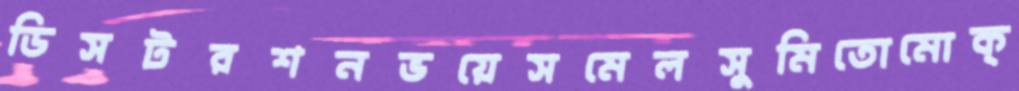
ডিসটরশনভয়েসমেলসুমিতোমোক্